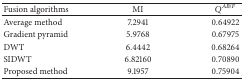
<table><thead><tr><td><b>Fusion algorithms</b></td><td><b>MI</b></td><td><b><i>Q</i><sup><i>AB</i>/<i>F</i></sup></b></td></tr></thead><tbody><tr><td>Average method</td><td>7.2941</td><td>0.64922</td></tr><tr><td>Gradient pyramid</td><td>5.9768</td><td>0.67975</td></tr><tr><td>DWT</td><td>6.4442</td><td>0.68264</td></tr><tr><td>SIDWT</td><td>6.82160</td><td>0.70890</td></tr><tr><td>Proposed method </td><td>9.1957</td><td>0.75904</td></tr></tbody></table>